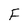
Character: F